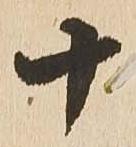
十